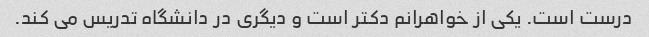
درست است. یکی از خواهرانم دکتر است و دیگری در دانشگاه تدریس می کند.